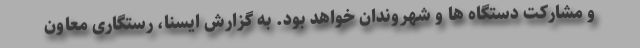
و مشارکت دستگاه ها و شهروندان خواهد بود. به گزارش ایسنا، رستگاری معاون